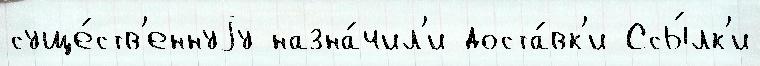
суще́ств'еннуjу назна́чил'и доста́вк'и Ссы́лк'и